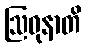
ဩဓုနာတိ